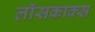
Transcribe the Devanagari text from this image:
लॉसकाक्स